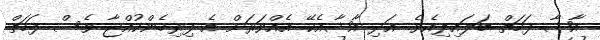
އާޝާ ފަހަތް ބަލައިލިއެވެ. އަދި އާޝާއެކޭ އެއްވަރަށް އެ ފިރިހެންކުއްޖާ ވެސް ފަހަތް